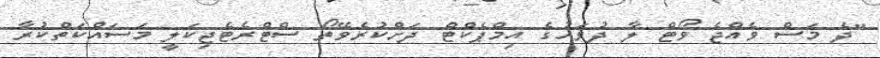
"ދެ މަސް ވެއްޖެ ވޯޓް ލާ ދުވަހުގެ އިމްޕެކްޓް ދަށްކުރެވޭތޯ ސްޓްރެޓެޖިކަލީ މަސައްކަތްކުރާ